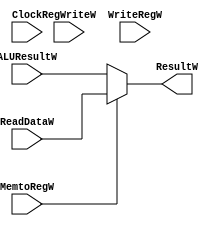
module WB(
    input Clock, RegWriteW, MemtoRegW,
    input [31:0] ALUResultW, ReadDataW,
    input [4:0] WriteRegW,
    output reg signed[31:0] ResultW 
);

// Assign the data for ResultW, which is used to write back to Register File
always @(MemtoRegW,ALUResultW,ReadDataW) begin
    if (MemtoRegW==0) begin
        ResultW = $signed(ALUResultW);
    end
    else ResultW = $signed(ReadDataW);
end


endmodule